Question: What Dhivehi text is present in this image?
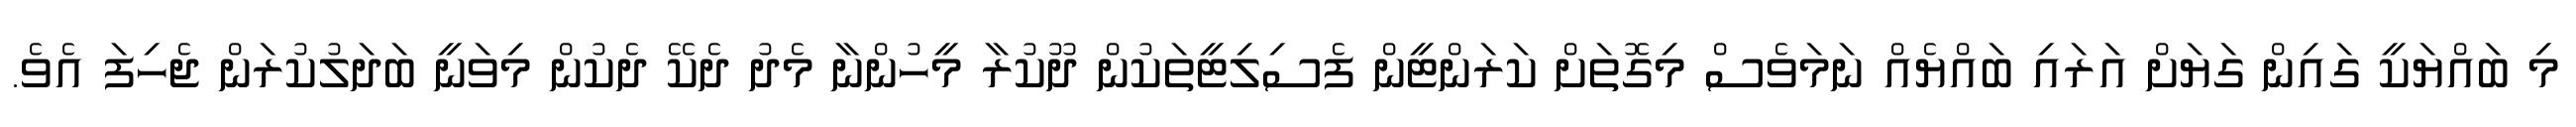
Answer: މި ބައްޔަކީ ގައިން ގަޔަށް އަރައި ބައްޔެއް ނަމަވެސް މިގޮތަށް ކަރަންޓީން ފެސިލިޓީތަކުން ދޫކުރާ މީހުންނާ މެދު ދެކޭ ދެކުން މިވަނީ ބަދަލުކުރަން ޖެހިފަ އެވެ.